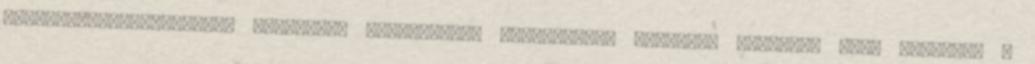
Dunántúli-középhegység karsztvíz készletének mennyiségi, minőségi állapota című fórumról A